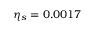
\eta _ { s } = 0 . 0 0 1 7